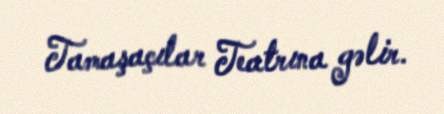
Tamaşaçılar Teatrına gəlir.